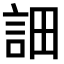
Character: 𧦵